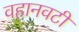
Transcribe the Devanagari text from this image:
वहानवटी